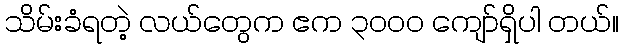
သိမ်းခံရတဲ့ လယ်တွေက ဧက ၃၀၀၀ ကျော်ရှိပါ တယ်။